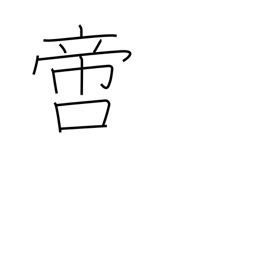
Meaning: incomparable